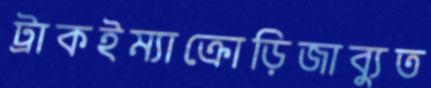
ট্রাকইম্যাক্রোড়িজাব্যুত